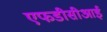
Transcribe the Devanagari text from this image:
एफडीसीआई